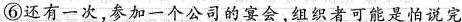
⑥还有一次，参加一个公司的宴会，组织者可能是怕说完